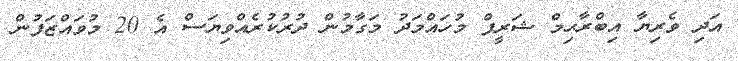
އަދި ވެރިޔާ އިބްރާޙިމް ޝަރީފް މުހައްމަދު މަގާމުން ދުރުކުރެއްވިޔަސް އެ 20 މުވައްޒަފުން